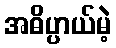
အဓိပ္ပာယ်မဲ့